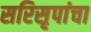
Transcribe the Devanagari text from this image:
सरिसृपांचा